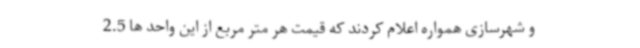
و شهرسازی همواره اعلام کردند که قیمت هر متر مربع از این واحد ها 2.5